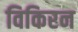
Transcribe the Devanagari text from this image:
विकिरन